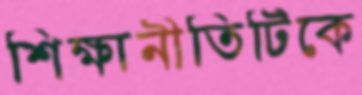
শিক্ষানীতিটিকে